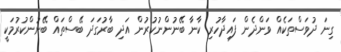
ގިނަ ދުވަސްތަކެއް ވަންދެން ފައިދާހުރި ކާނާ ބޭނުންނުކުރުން އަދި ބާރުގަދަ ބޭސްތައް ބޭނުންކުރުމަކީ